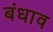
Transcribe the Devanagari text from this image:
बंधाव